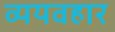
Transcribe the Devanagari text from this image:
व्ययवहार